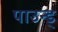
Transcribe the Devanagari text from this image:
पाउन्ड्